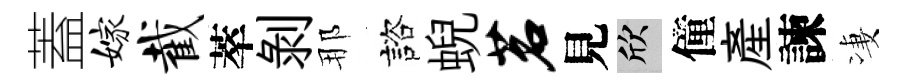
蓋嫁截萃剝那諮蜺茗見欣僮產諫凄